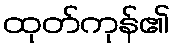
ထုတ်ကုန်၏